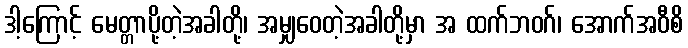
ဒါ့ကြောင့် မေတ္တာပို့တဲ့အခါတို့၊ အမျှဝေတဲ့အခါတို့မှာ အ ထက်ဘဝဂ်၊ အောက်အဝီစိ